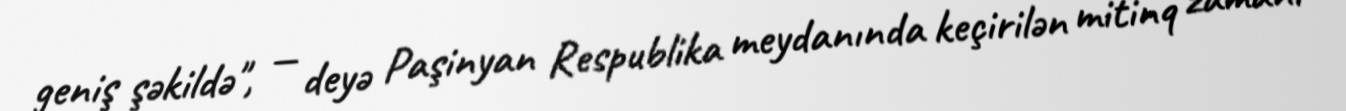
geniş şəkildə", — deyə Paşinyan Respublika meydanında keçirilən mitinq zamanı